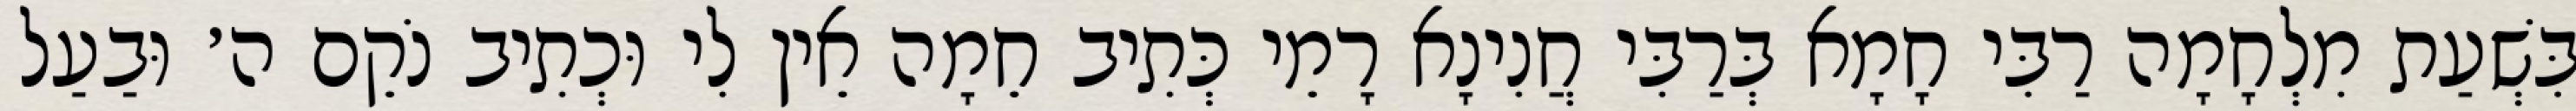
בִּשְׁעַת מִלְחָמָה רַבִּי חָמָא בְּרַבִּי חֲנִינָא רָמֵי כְּתִיב חֵמָה אֵין לִי וּכְתִיב נֹקֵם ה׳ וּבַעַל